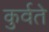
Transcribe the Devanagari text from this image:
कुर्वते